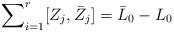
LaTeX: \begin{align*}{\sum}_{i=1}^r[Z_j,\bar{Z}_j]=\bar{L}_0-{L}_0 \end{align*}